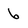
Character: 6